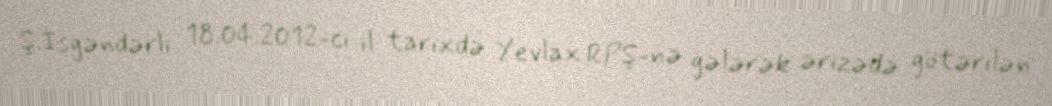
Ş.İsgəndərli 18.04.2012-ci il tarixdə Yevlax RPŞ-nə gələrək ərizədə götərilən